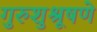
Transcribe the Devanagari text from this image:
गुरुशुश्रूषणे